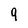
Character: 9